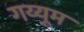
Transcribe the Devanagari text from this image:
गय्यूम